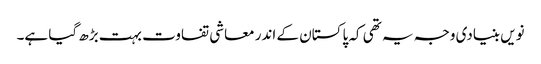
نویں بنیادی وجہ یہ تھی کہ پاکستان کے اندر معاشی تفاوت بہت بڑھ گیا ہے۔